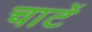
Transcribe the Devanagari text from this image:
चाटें